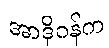
အာဒိုဂန်က